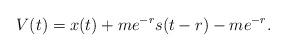
LaTeX: \begin{align*}V(t)=x(t)+me^{-r}s(t-r)-me^{-r}.\end{align*}